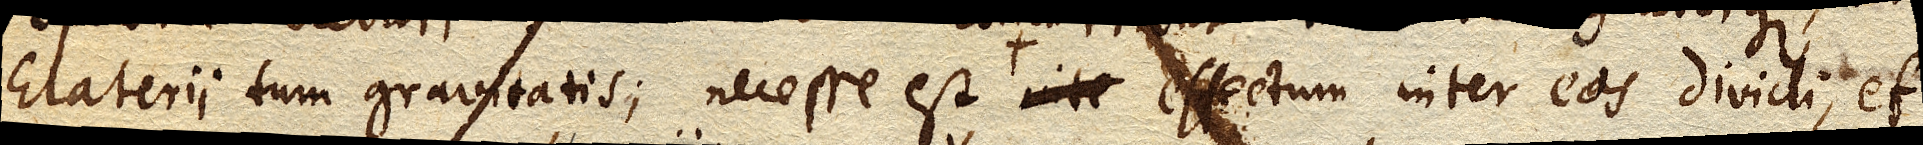
Elaterii tum gravitatis; necesse est in aere libero effectum inter eos dividi, et